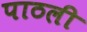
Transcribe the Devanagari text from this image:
पाठली